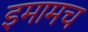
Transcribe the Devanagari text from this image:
इमामच